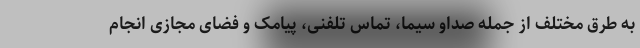
به طرق مختلف از جمله صداو سیما، تماس تلفنی، پیامک و فضای مجازی انجام